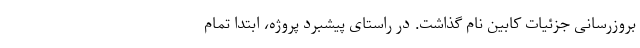
بروزرسانی جزئیات کابین نام گذاشت. در راستای پیشبرد پروژه، ابتدا تمام